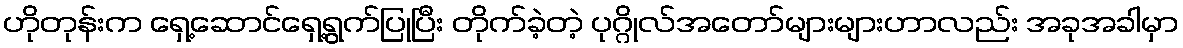
ဟိုတုန်းက ရှေ့ဆောင်ရှေ့ရွက်ပြုပြီး တိုက်ခဲ့တဲ့ ပုဂ္ဂိုလ်အတော်များများဟာလည်း အခုအခါမှာ